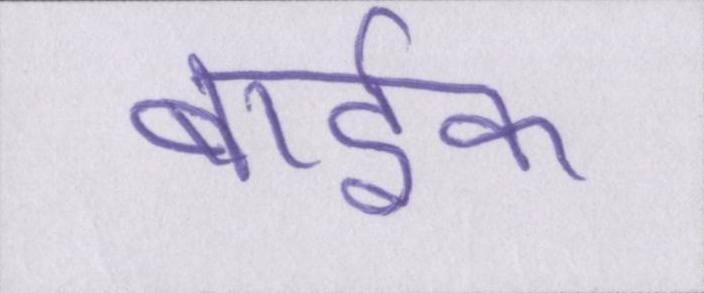
बार्इक